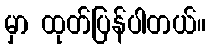
မှာ ထုတ်ပြန်ပါတယ်။